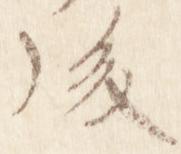
後